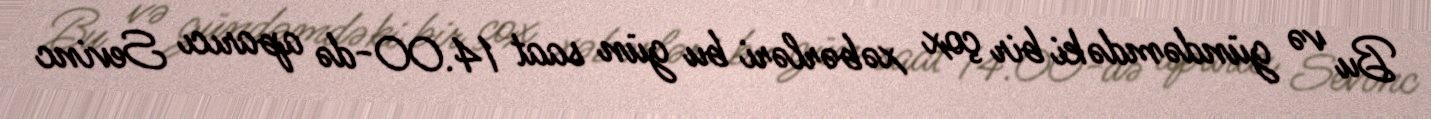
Bu və gündəmdəki bir çox xəbərləri bu gün saat 14.00-də aparıcı Sevinc